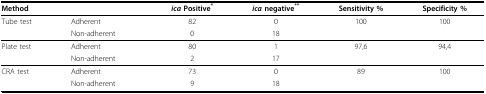
<table><thead><tr><td><b>Method</b></td><td>[EMPTY_CELL]</td><td><b><i>ica </i>Positive<sup>*</sup></b></td><td><b><i>ica </i>negative<sup>**</sup></b></td><td><b>Sensitivity %</b></td><td><b>Specificity %</b></td></tr></thead><tbody><tr><td>Tube test</td><td>Adherent</td><td>82</td><td>0</td><td>100</td><td>100</td></tr><tr><td>[EMPTY_CELL]</td><td>Non-adherent</td><td>0</td><td>18</td><td>[EMPTY_CELL]</td><td>[EMPTY_CELL]</td></tr><tr><td>Plate test</td><td>Adherent</td><td>80</td><td>1</td><td>97,6</td><td>94,4</td></tr><tr><td>[EMPTY_CELL]</td><td>Non-adherent</td><td>2</td><td>17</td><td>[EMPTY_CELL]</td><td>[EMPTY_CELL]</td></tr><tr><td>CRA test</td><td>Adherent</td><td>73</td><td>0</td><td>89</td><td>100</td></tr><tr><td>[EMPTY_CELL]</td><td>Non-adherent</td><td>9</td><td>18</td><td>[EMPTY_CELL]</td><td>[EMPTY_CELL]</td></tr></tbody></table>